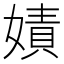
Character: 嫧